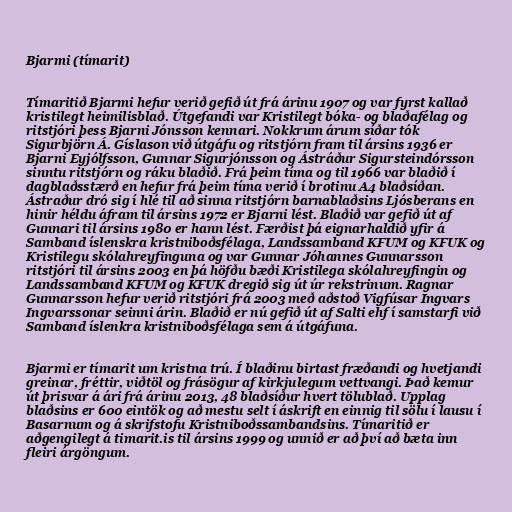
Bjarmi (tímarit)

Tímaritið Bjarmi hefur verið gefið út frá árinu 1907 og var fyrst kallað
kristilegt heimilisblað. Útgefandi var Kristilegt bóka- og blaðafélag og
ritstjóri þess Bjarni Jónsson kennari. Nokkrum árum síðar tók
Sigurbjörn Á. Gíslason við útgáfu og ritstjórn fram til ársins 1936 er
Bjarni Eyjólfsson, Gunnar Sigurjónsson og Ástráður Sigursteindórsson
sinntu ritstjórn og ráku blaðið. Frá þeim tíma og til 1966 var blaðið í
dagblaðsstærð en hefur frá þeim tíma verið í brotinu A4 blaðsíðan.
Ástraður dró sig í hlé til að sinna ritstjórn barnablaðsins Ljósberans en
hinir héldu áfram til ársins 1972 er Bjarni lést. Blaðið var gefið út af
Gunnari til ársins 1980 er hann lést. Færðist þá eignarhaldið yfir á
Samband íslenskra kristniboðsfélaga, Landssamband KFUM og KFUK og
Kristilegu skólahreyfinguna og var Gunnar Jóhannes Gunnarsson
ritstjóri til ársins 2003 en þá höfðu bæði Kristilega skólahreyfingin og
Landssamband KFUM og KFUK dregið sig út úr rekstrinum. Ragnar
Gunnarsson hefur verið ritstjóri frá 2003 með aðstoð Vigfúsar Ingvars
Ingvarssonar seinni árin. Blaðið er nú gefið út af Salti ehf í samstarfi við
Samband íslenkra kristniboðsfélaga sem á útgáfuna.

Bjarmi er tímarit um kristna trú. Í blaðinu birtast fræðandi og hvetjandi
greinar, fréttir, viðtöl og frásögur af kirkjulegum vettvangi. Það kemur
út þrisvar á ári frá árinu 2013, 48 blaðsíður hvert tölublað. Upplag
blaðsins er 600 eintök og að mestu selt í áskrift en einnig til sölu í lausu í
Basarnum og á skrifstofu Kristniboðssambandsins. Tímaritið er
aðgengilegt á timarit.is til ársins 1999 og unnið er að því að bæta inn
fleiri árgöngum.